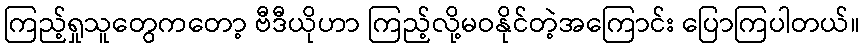
ကြည့်ရှုသူတွေကတော့ ဗီဒီယိုဟာ ကြည့်လို့မဝနိုင်တဲ့အကြောင်း ပြောကြပါတယ်။